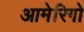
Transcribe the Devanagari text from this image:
आमेरिगो